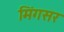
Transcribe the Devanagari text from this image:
मिंगसर